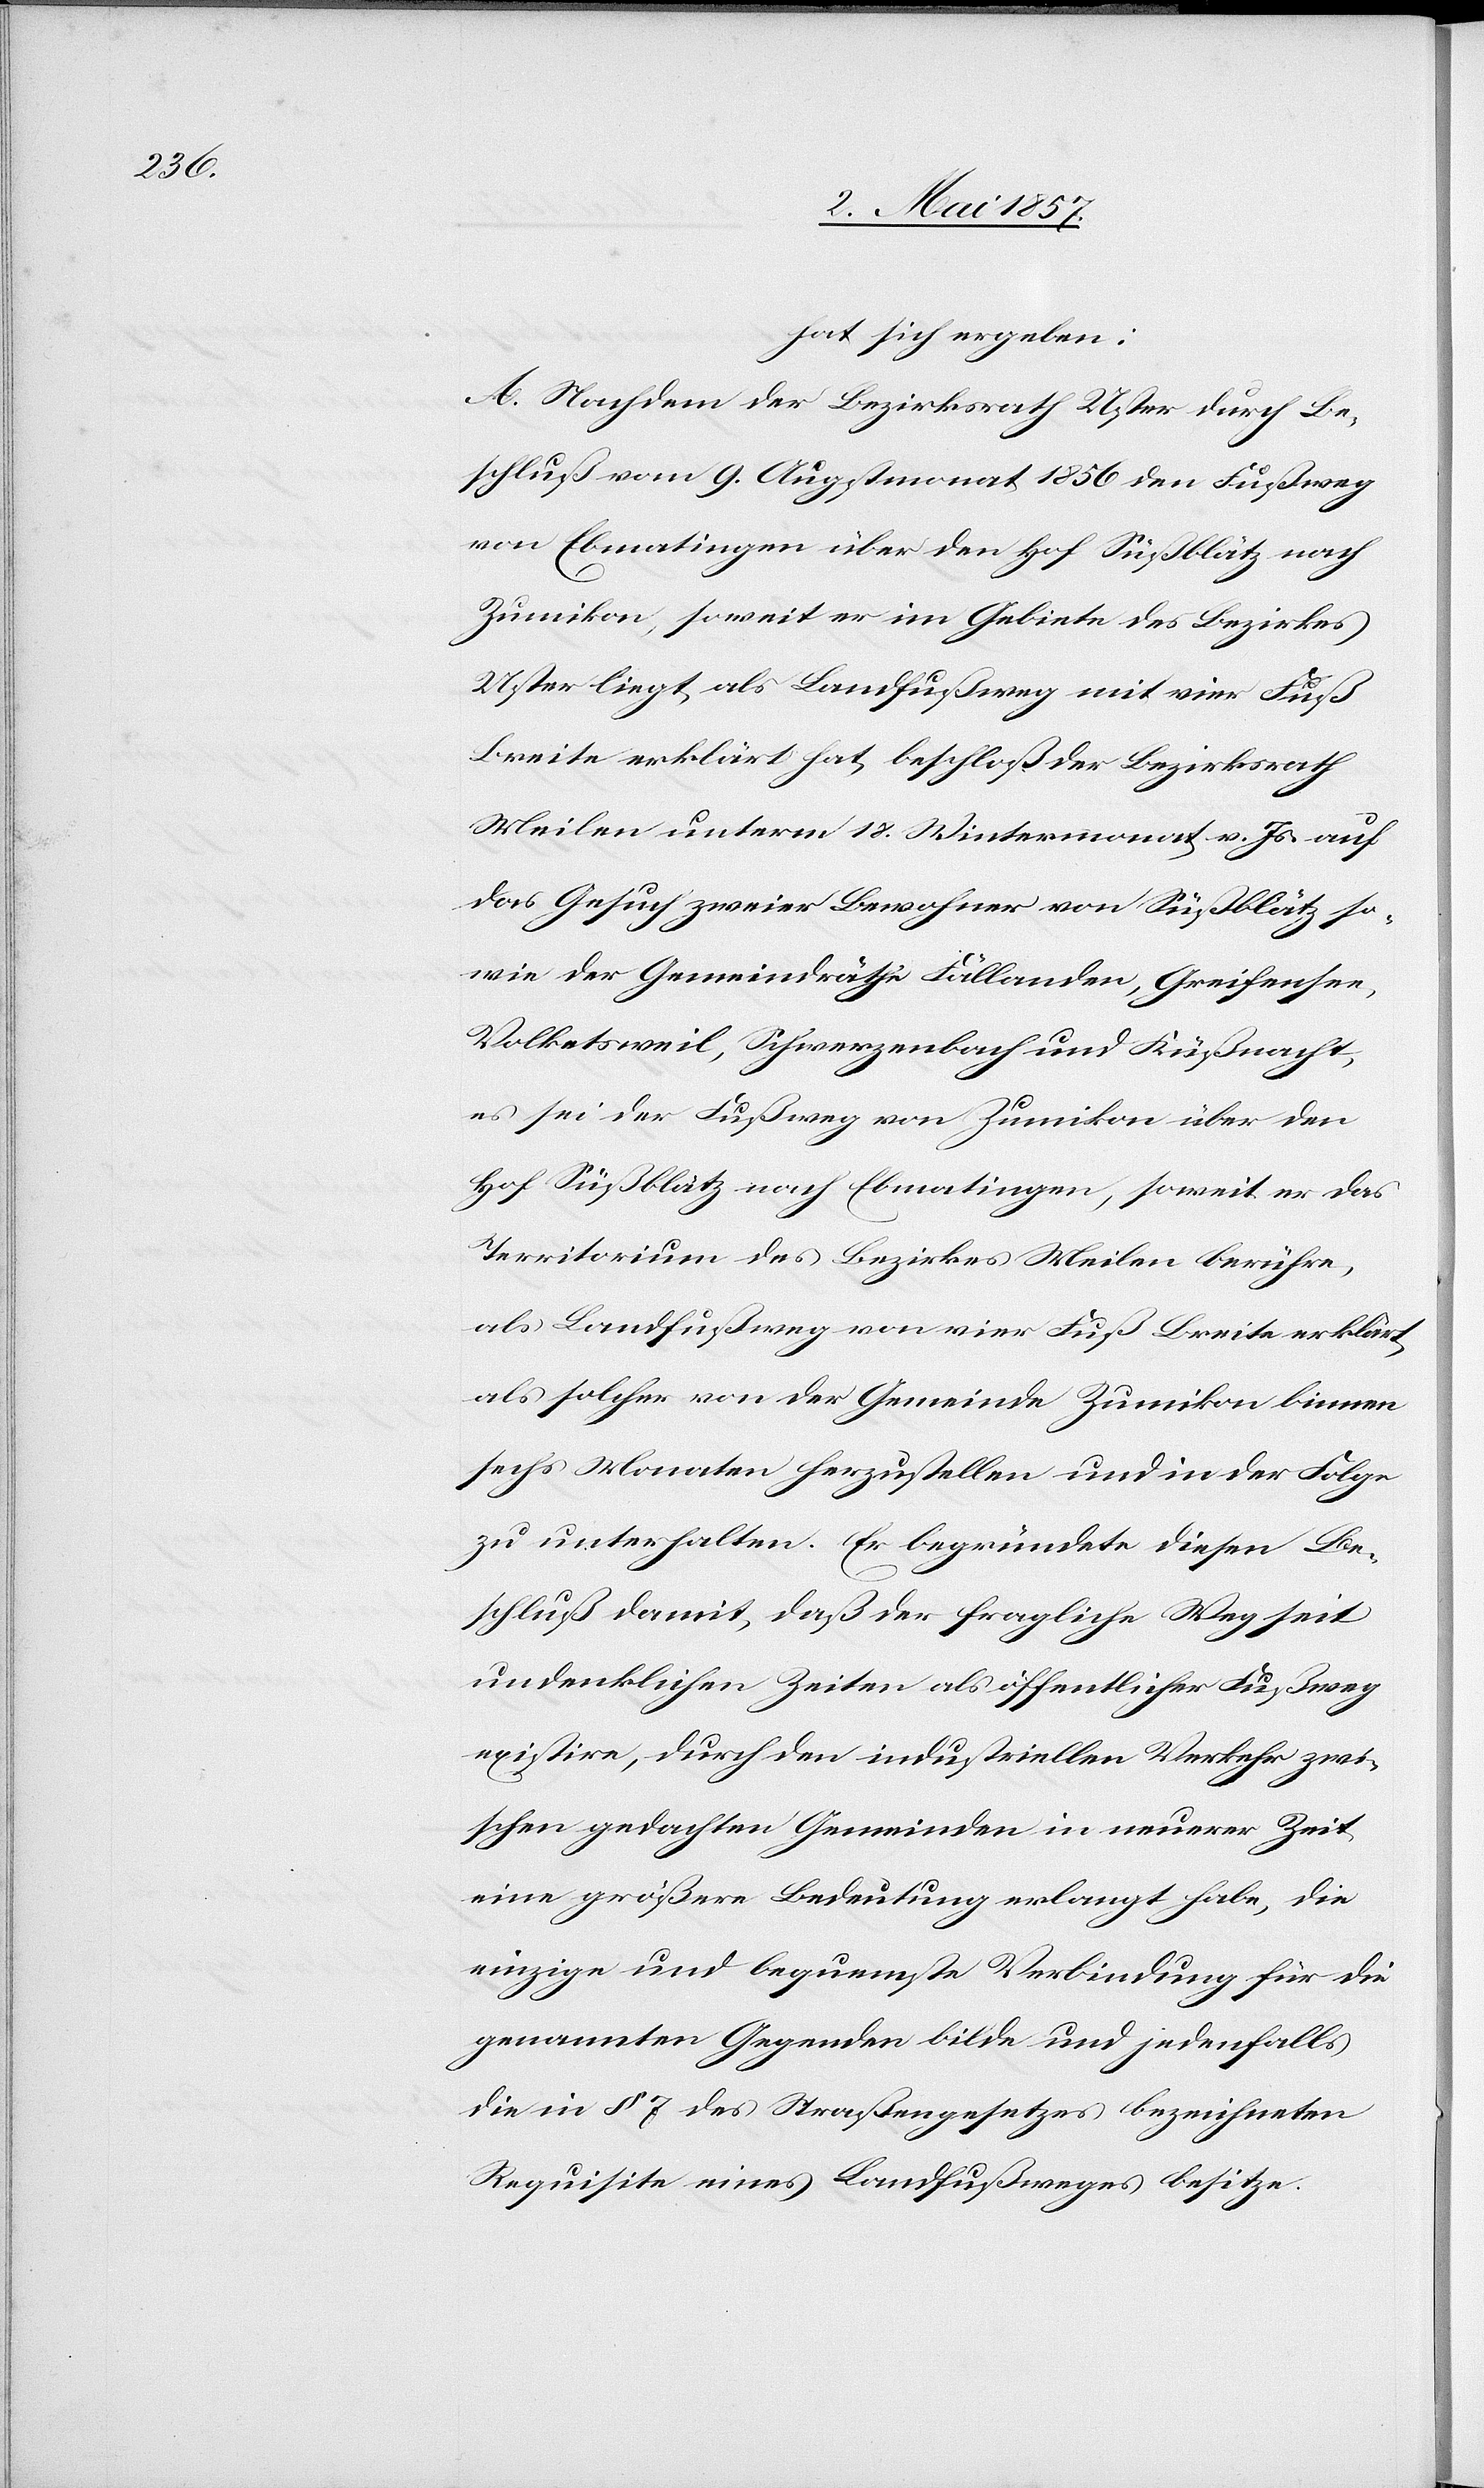
hat sich ergeben:
A. Nachdem der Bezirksrath Uster durch Be¬
schluß vom 9. Augstmonat 1856 den Fußweg
von Ebmatingen über den Hof Süßblätz nach
Zumikon, soweit er im Gebiete des Bezirkes
Uster liegt als Landfußweg mit vier Fuß
Breite erklärt hat, beschloß der Bezirksrath
Meilen unterm 18. Wintermonat v. Js. auf
das Gesuch zweier Bewohner von Süßblätz so¬
wie der Gemeindräthe Fällanden, Greifensee,
Volketsweil, Schwerzenbach und Küßnacht,
es sei der Fußweg von Zumikon über den
Hof Süßblätz nach Ebmatingen, soweit er das
Territorium des Bezirkes Meilen berühre,
als Landfußweg von vier Fuß Breite erklärt,
als solcher von der Gemeinde Zumikon binnen
sechs Monaten herzustellen und in der Folge
zu unterhalten. Er begründete diesen Be¬
schluß damit, daß der fragliche Weg seit
undenklichen Zeiten als öffentlicher Fußweg
existire, durch den industriellen Verkehr zwi¬
schen gedachten Gemeinden in neuerer Zeit
eine größere Bedeutung erlangt habe, die
einzige und bequemste Verbindung für die
genannten Gegenden bilde und jedenfalls
die in § 7 des Straßengesetzes bezeichneten
Requisite eines Landfußweges besitze.